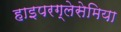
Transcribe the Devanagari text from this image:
हाइपरग्लेसेमिया